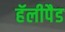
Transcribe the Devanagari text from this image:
हॅलीपैड